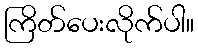
ကြိတ်ပေးလိုက်ပါ။